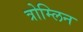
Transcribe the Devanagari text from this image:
त्रोम्लिन